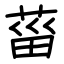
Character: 菑